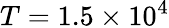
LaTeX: T=1.5\times 10^{4}